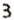
3